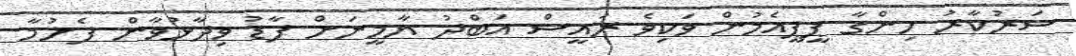
ސަރުކާރު ހިންގާ ޕީޕީއެމުން ވަކިވެ ރައީސް އަބްދު ޔާމީނަށް ފާޑު ވިދާޅުވާން ފެށުމާ